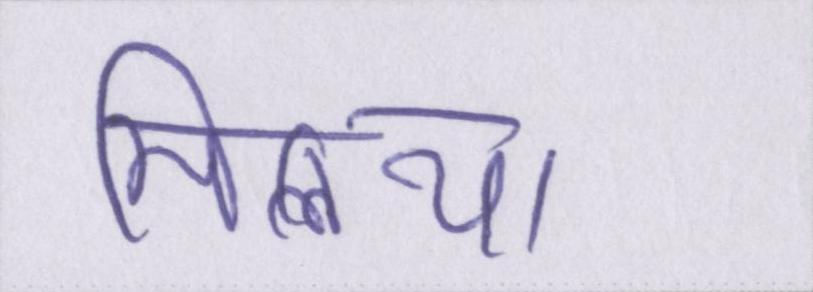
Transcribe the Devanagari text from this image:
मिलिया